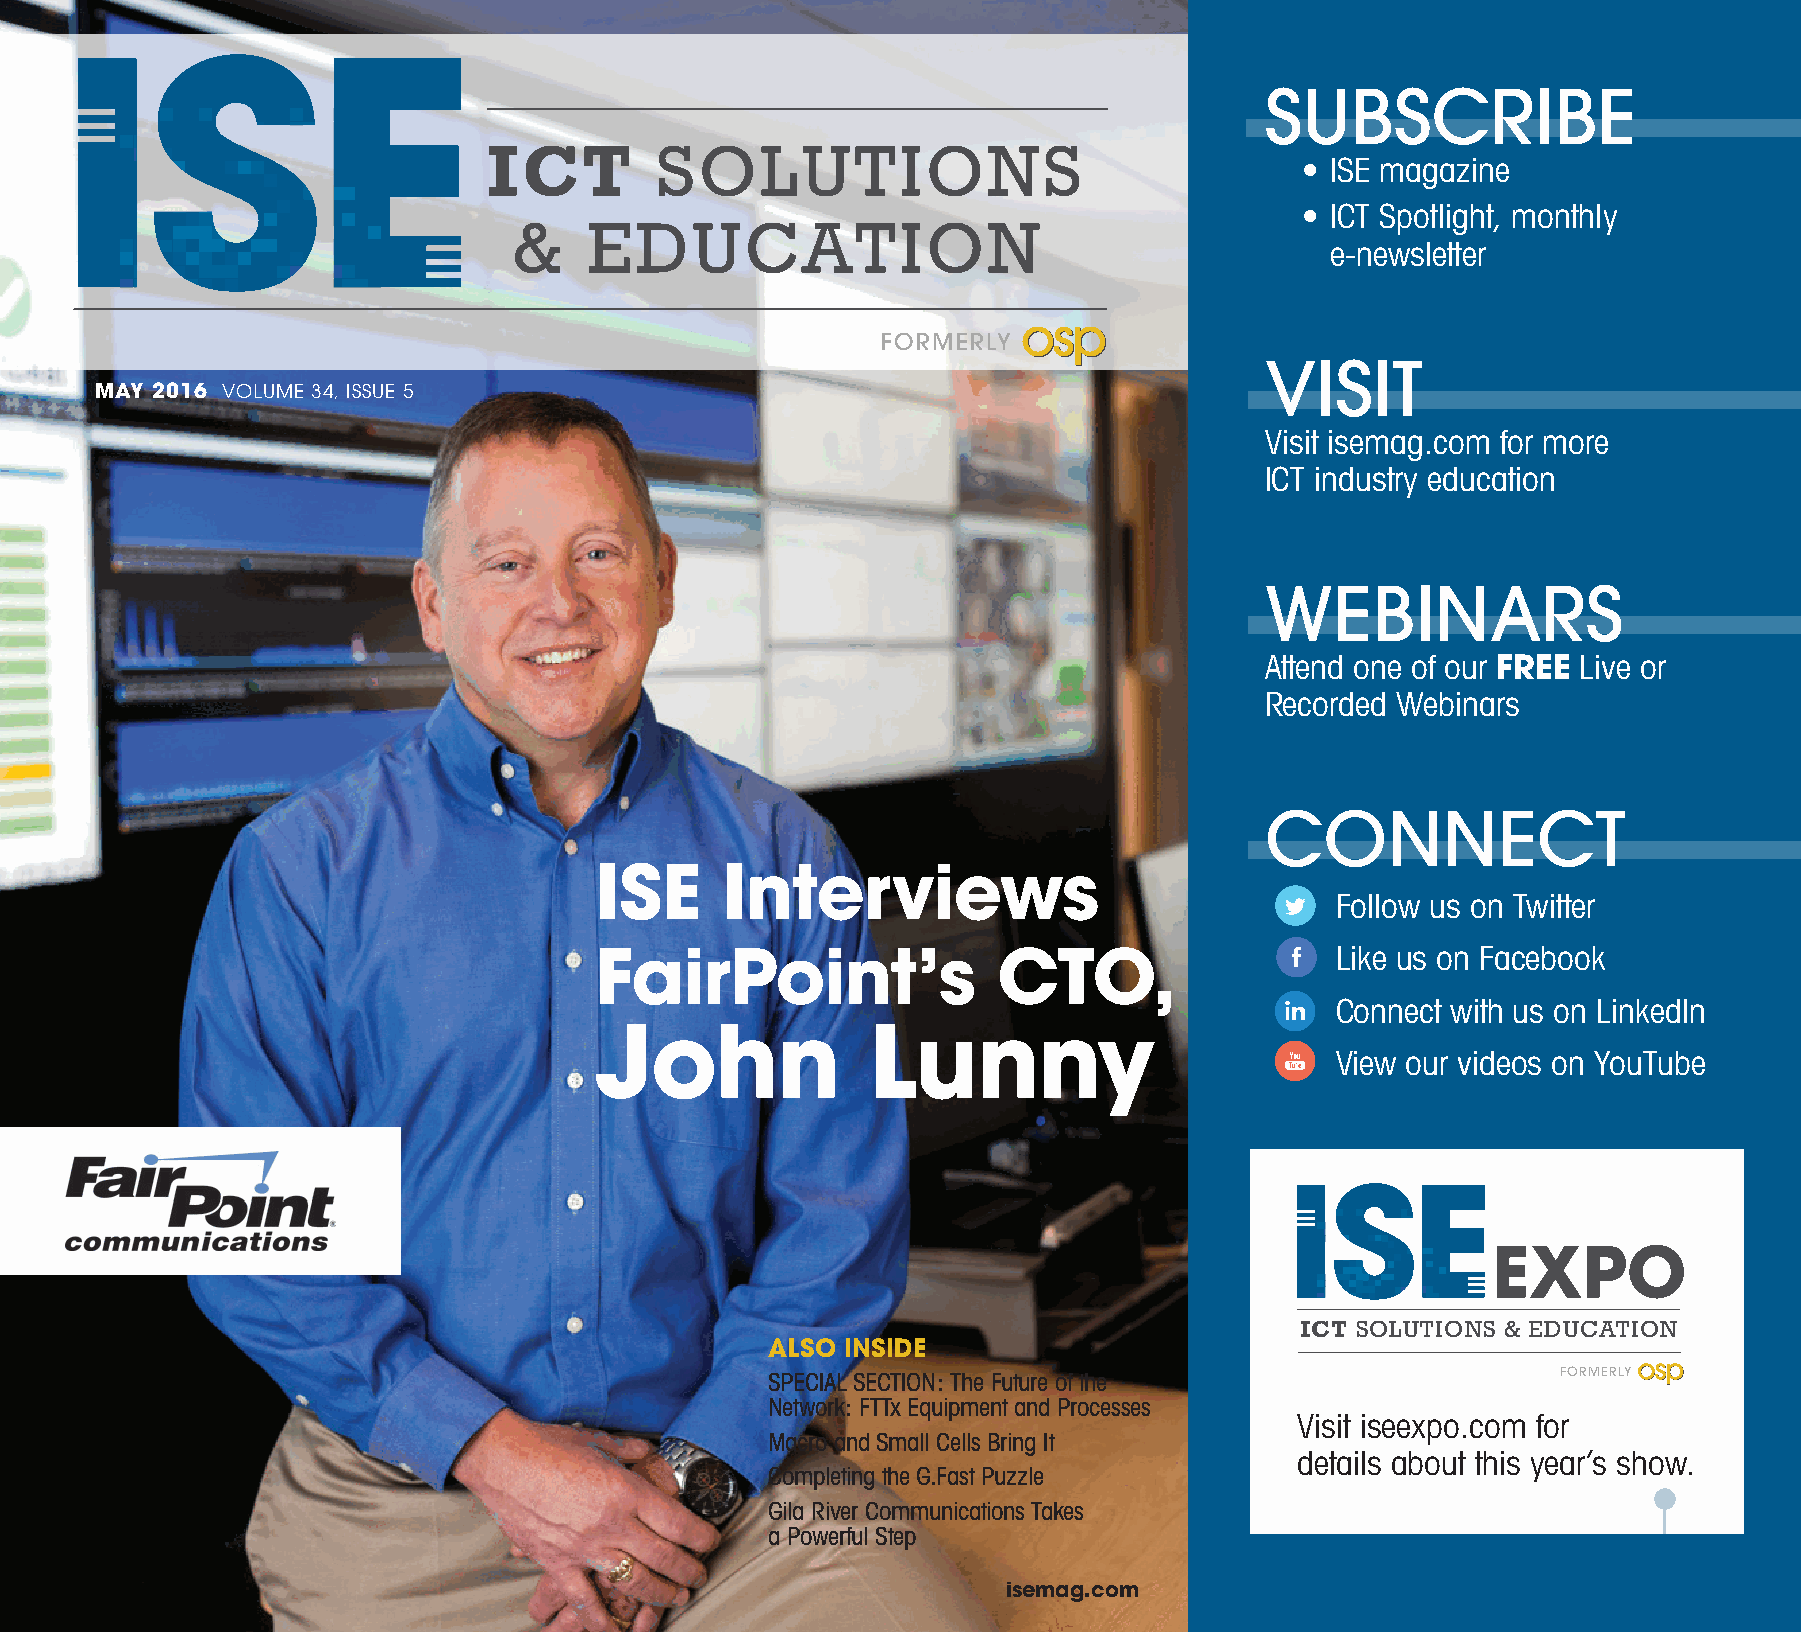
SUBSCRIBE
 ICT        SOLUTIONS
 • ISE magazine
 &    EDUCATION                                      • I CT Spotlight, monthly
 e-newsletter
 FORMERLY
 VISIT
 MAY 2016 VOLUME 34, ISSUE 5
 Visit isemag.com for more
 ICT industry education
 WEBINARS
 Attend one of our FREE Live or
 Recorded Webinars
 CONNECT
 ISE      Interviews
 Follow us on Twitter
 FairPoint’s                CTO,                  Like us on Facebook
 Connect with us on LinkedIn
 John              Lunny
 View our videos on YouTube
 EXPO
 ICT SOLUTIONS & EDUCATION
 ALSO INSIDE
 SPECIAL SECTION: The Future of the                  FORMERLY
 Network: FTTx Equipment and Processes
 Visit iseexpo.com for
 Macro and Small Cells Bring It
 details about this year’s show.
 Completing the G.Fast Puzzle
 Gila River Communications Takes
 a Powerful Step
 isemag.com